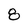
Character: 8